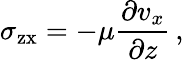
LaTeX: \sigma_{\mathrm{zx}}=-\mu{\frac{\partial v_{x}}{\partial z}}\, ,